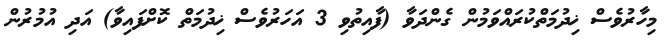
މިހާރުވެސް ޚިދުމަތްކުރައްވަމުން ގެންދަވާ (ފާއިތުވި 3 އަހަރުވެސް ޚިދުމަތް ކޮށްފައިވާ) އަދި އުމުރުން